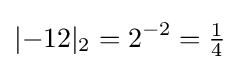
|{-12}|_{2}=2^{-2}={\tfrac {1}{4}}